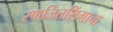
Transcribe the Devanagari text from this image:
रणजितसिंगाचा